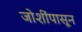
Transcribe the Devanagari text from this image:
जोशींपासून